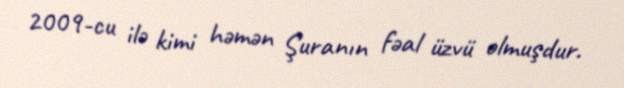
2009-cu ilə kimi həmən Şuranın fəal üzvü olmuşdur.